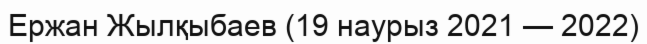
Ержан Жылқыбаев (19 наурыз 2021 — 2022)